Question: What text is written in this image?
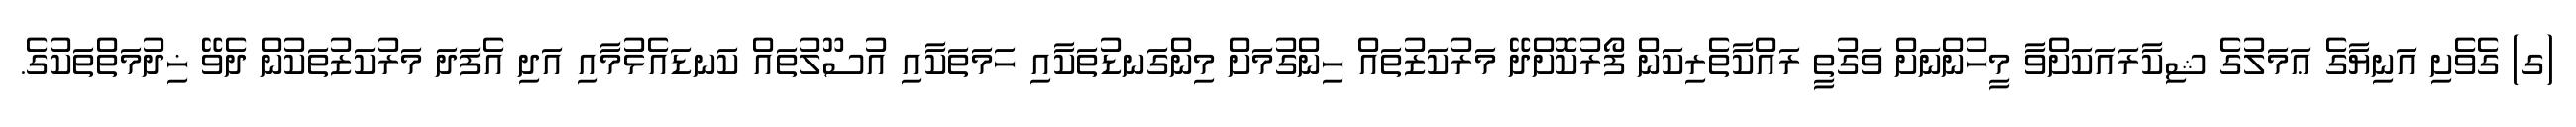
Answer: (ގ) ގެވެށި އަނިޔާގެ ޢަމަލުގެ ޝިކާރައަކަށްވާ މީހުންނަށް ވަގުތީ ރައްކާތެރިކަން ފޯރުކޮށްދޭ މަރުކަޒުތައް ހިންގުމަށް މިންގަނޑުތަކާއި ހަމަތަކާއި އުސޫލުތައް ކަނޑައެޅުމާއި އަދި އެފަދަ މަރުކަޒުތަކުން ދެވޭ ޚިދުމަތްތަކުގެ.